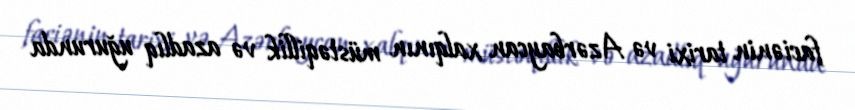
faciənin tarixi və Azərbaycan xalqının müstəqillik və azadlıq uğurunda